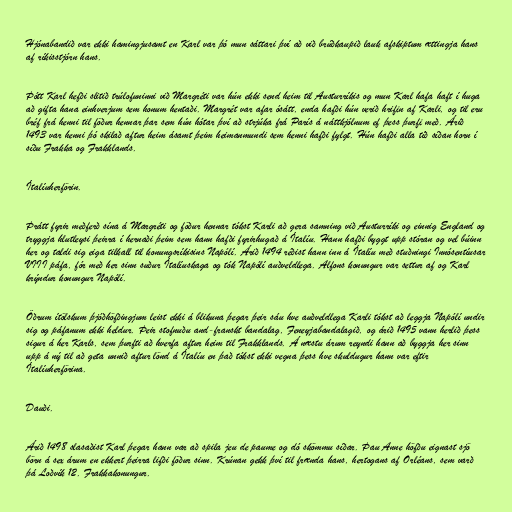
Hjónabandið var ekki hamingjusamt en Karl var þó mun sáttari því að við brúðkaupið lauk afskiptum ættingja hans
af ríkisstjórn hans.

Þótt Karl hefði slitið trúlofuninni við Margréti var hún ekki send heim til Austurríkis og mun Karl hafa haft í huga
að gifta hana einhverjum sem honum hentaði. Margrét var afar ósátt, enda hafði hún verið hrifin af Karli, og til eru
bréf frá henni til föður hennar þar sem hún hótar því að strjúka frá París á náttkjólnum ef þess þurfi með. Árið
1493 var henni þó skilað aftur heim ásamt þeim heimanmundi sem henni hafði fylgt. Hún hafði alla tíð síðan horn í
síðu Frakka og Frakklands.

Ítalíuherförin.

Þrátt fyrir meðferð sína á Margréti og föður hennar tókst Karli að gera samning við Austurríki og einnig England og
tryggja hlutleysi þeirra í hernaði þeim sem hann hafði fyrirhugað á Ítalíu. Hann hafði byggt upp stóran og vel búinn
her og taldi sig eiga tilkall til konungsríkisins Napólí. Árið 1494 réðist hann inn á Ítalíu með stuðningi Innósentíusar
VIII páfa, fór með her sinn suður Ítalíuskaga og tók Napólí auðveldlega. Alfons konungur var settur af og Karl
krýndur konungur Napólí.

Öðrum ítölskum þjóðhöfðingjum leist ekki á blikuna þegar þeir sáu hve auðveldlega Karli tókst að leggja Napólí undir
sig og páfanum ekki heldur. Þeir stofnuðu and-franskt bandalag, Feneyjabandalagið, og árið 1495 vann herlið þess
sigur á her Karls, sem þurfti að hverfa aftur heim til Frakklands. Á næstu árum reyndi hann að byggja her sinn
upp á ný til að geta unnið aftur lönd á Ítalíu en það tókst ekki vegna þess hve skuldugur hann var eftir
Ítalíuherförina.

Dauði.

Árið 1498 slasaðist Karl þegar hann var að spila jeu de paume og dó skömmu síðar. Þau Anne höfðu eignast sjö
börn á sex árum en ekkert þeirra lifði föður sinn. Krúnan gekk því til frænda hans, hertogans af Orléans, sem varð
þá Loðvík 12. Frakkakonungur.